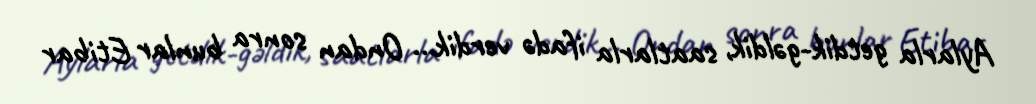
Aylarla getdik-gəldik, saatlarla ifadə verdik... Ondan sonra bunlar Etibar